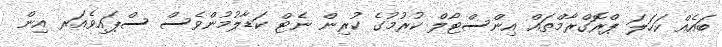
ބައެއް ކަހަލަ ޕްރޮގްރާމްތައް އިންސްޓޯލް ކުރުމުގެ ކުރިން ނެޓް ކަޑާލުމުންވެސް ސްޕައިވެއަރ އިން